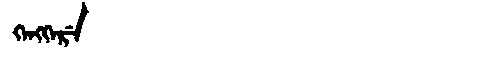
Manchu: ᡴᡝᠩᡴᡝᡵᡝ
Romanization: KENGKERE